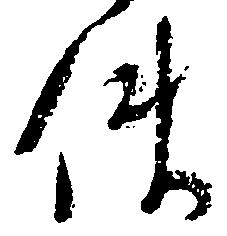
使